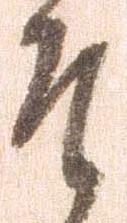
そ